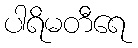
ပါရိမတီရေ